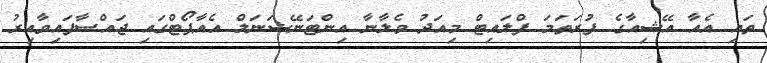
ތައި އެއާ އޭޝިއާގެ ފުރަތަމަ ފްލައިޓް މިއަދު ވެލާނާ އިންޓަނޭޝަނަލް އެއާޕޯޓްގައި ޖައްސާފައިވާއިރު